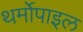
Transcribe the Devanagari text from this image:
थर्मोपाइल